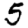
Digit: 5